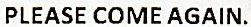
PLEASE COME AGAIN.